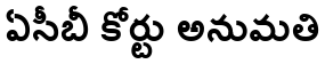
ఏసీబీ కోర్టు అనుమతి